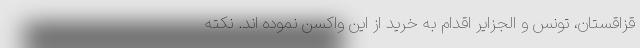
قزاقستان، تونس و الجزایر اقدام به خرید از این واکسن نموده اند. نکته